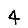
Digit: 4